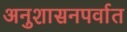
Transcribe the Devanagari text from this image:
अनुशासनपर्वात